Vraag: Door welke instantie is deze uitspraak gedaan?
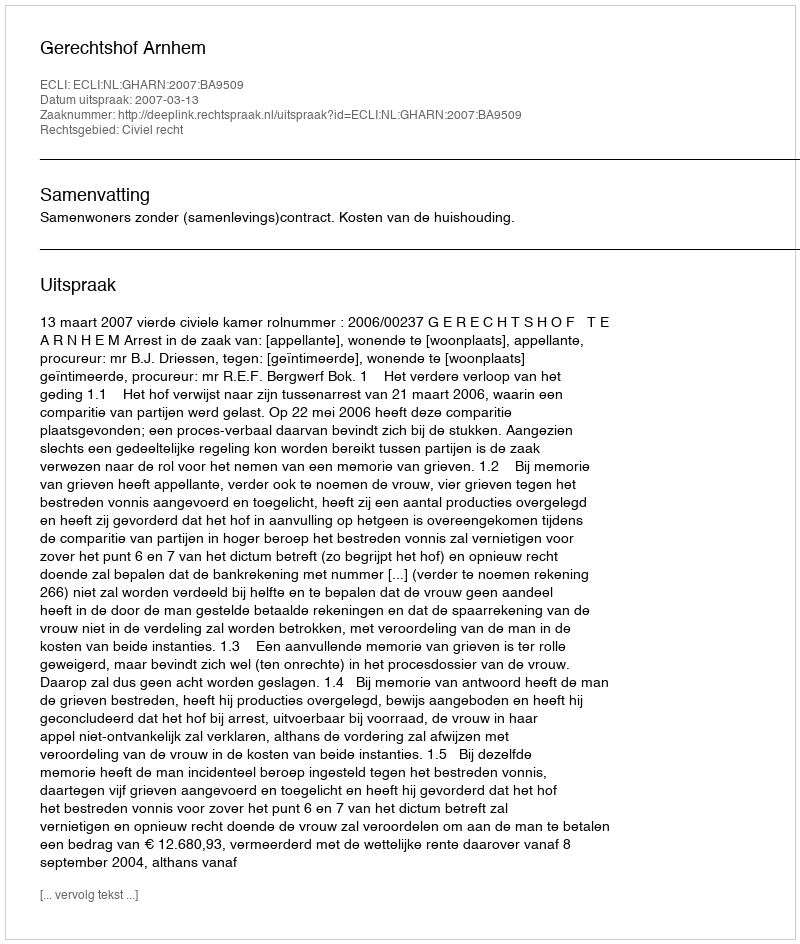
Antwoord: Gerechtshof Arnhem